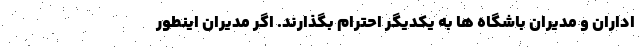
اداران و مدیران باشگاه ها به یکدیگر احترام بگذارند. اگر مدیران اینطور